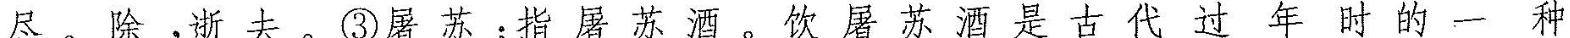
尽。除,逝去。③屠苏:指屠苏酒。饮屠苏酒是古代过 年时的一种